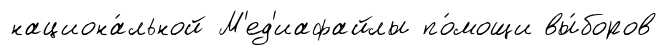
национа́льной М'ед'иафайлы по́мощи вы́боров